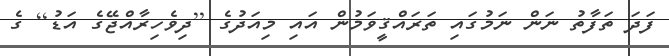
ފަދަ ތަފާތު ނަން ނަމުގައި ތަރައްޤީވަމުން އައި މިއަދުގެ [ދިވެހިރާއްޖޭގެ އަޑު] ގެ